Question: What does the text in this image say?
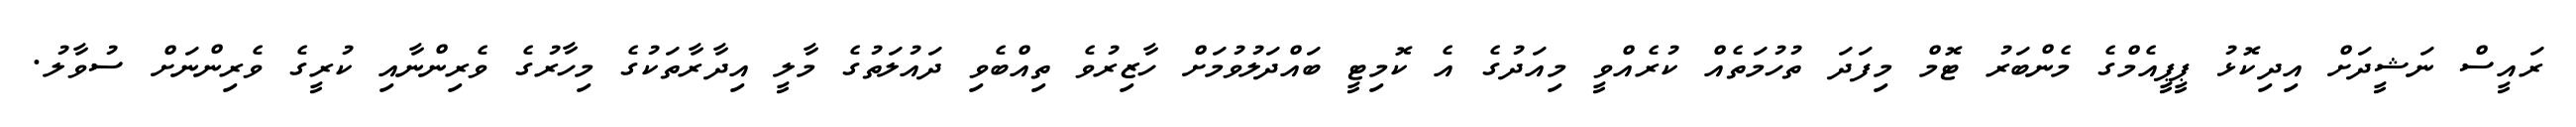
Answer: ރައީސް ނަޝީދަށް އިދިކޮޅު ޕީޕީއެމްގެ މެންބަރު ޓޮމް މިފަދަ ތުހުމަތެއް ކުރެއްވީ މިއަދުގެ އެ ކޮމިޓީ ބައްދަލުވުމަށް ހާޒިރުވެ ތިއްބެވި ދައުލަތުގެ މާލީ އިދާރާތަކުގެ މިހާރުގެ ވެރިންނާއި ކުރީގެ ވެރިންނަށް ސުވާލު.